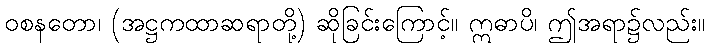
ဝစနတော၊ (အဋ္ဌကထာဆရာတို့) ဆိုခြင်းကြောင့်။ ဣဓာပိ၊ ဤအရာ၌လည်း။